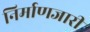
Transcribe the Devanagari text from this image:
निर्माणजारी